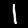
Digit: 1